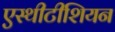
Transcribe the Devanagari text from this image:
एस्थीटीशियन